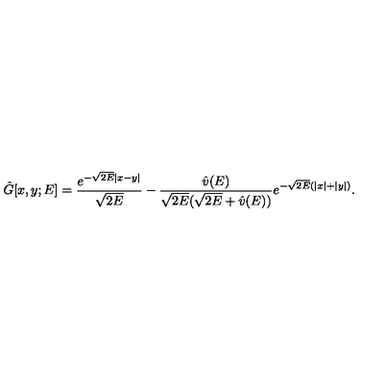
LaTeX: \hat { G } [ x , y ; E ] = \frac { e ^ { - \sqrt { 2 E } | x - y | } } { \sqrt { 2 E } } - \frac { \hat { v } ( E ) } { \sqrt { 2 E } ( \sqrt { 2 E } + \hat { v } ( E ) ) } e ^ { - \sqrt { 2 E } ( | x | + | y | ) } .